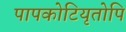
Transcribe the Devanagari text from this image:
पापकोटियृतोपि